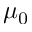
\mu _ { 0 }